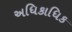
અધિકાધિક